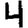
Digit: 4